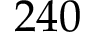
2 4 0